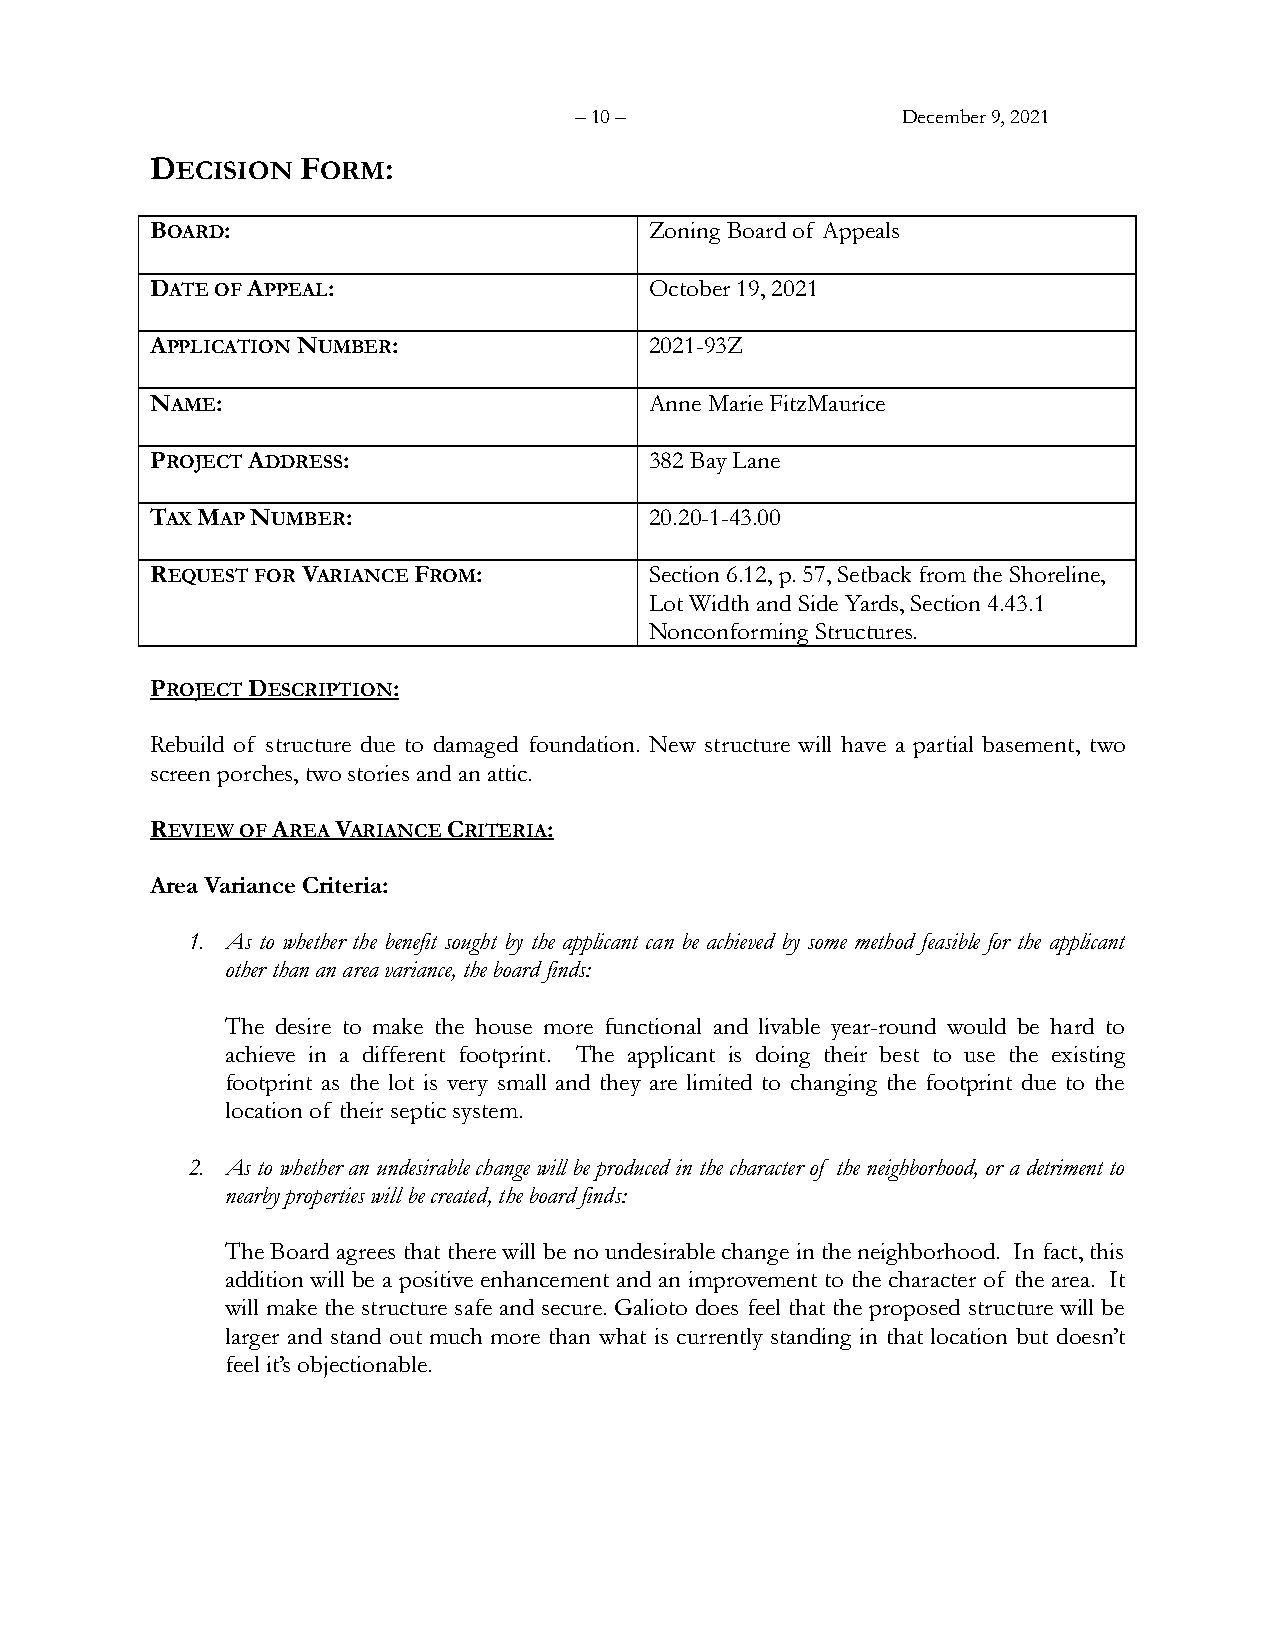
– 10 –                December 9, 2021
 DECISION  FORM:
 BOARD:                           Zoning Board of Appeals
 DATE OF APPEAL:                  October 19, 2021
 APPLICATION NUMBER:              2021-93Z
 NAME:                            Anne Marie FitzMaurice
 PROJECT ADDRESS:                 382 Bay Lane
 TAX MAP NUMBER:                  20.20-1-43.00
 REQUEST FOR VARIANCE FROM:       Section 6.12, p. 57, Setback from the Shoreline,
 Lot Width and Side Yards, Section 4.43.1
 Nonconforming Structures.
 PROJECT DESCRIPTION:
 Rebuild of structure due to damaged foundation. New structure will have a partial basement, two
 screen porches, two stories and an attic.
 REVIEW OF AREA VARIANCE CRITERIA:
 Area Variance Criteria:
 1. As to whether the benefit sought by the applicant can be achieved by some method feasible for the applicant
 other than an area variance, the board finds:
 The desire to make the house more functional and livable year-round would be hard to
 achieve in a different footprint. The applicant is doing their best to use the existing
 footprint as the lot is very small and they are limited to changing the footprint due to the
 location of their septic system.
 2. As to whether an undesirable change will be produced in the character of the neighborhood, or a detriment to
 nearby properties will be created, the board finds:
 The Board agrees that there will be no undesirable change in the neighborhood. In fact, this
 addition will be a positive enhancement and an improvement to the character of the area. It
 will make the structure safe and secure. Galioto does feel that the proposed structure will be
 larger and stand out much more than what is currently standing in that location but doesn’t
 feel it’s objectionable.